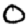
Digit: 0